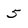
Character: 5